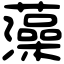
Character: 藻